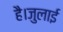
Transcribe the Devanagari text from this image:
है।जुलाई